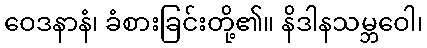
ဝေဒနာနံ၊ ခံစားခြင်းတို့၏။ နိဒါနသမ္ဘဝေါ၊